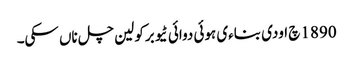
1890 چ اودی بناءی ہوئی دوائی ٹیوبرکولین چل ناں سکی۔